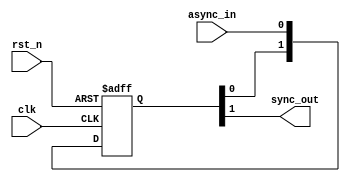
module double_flop_sync (
    input clk,
    input rst_n,
    input async_in,
    output wire sync_out
);
    reg [1:0] stages;

    always @(posedge clk or negedge rst_n) begin
        if (~rst_n) begin
            stages <= 2'b0;
        end else begin
            stages <= {stages[0], async_in};
        end
    end

    assign sync_out = stages[1];
endmodule